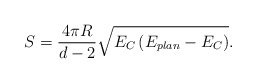
\begin{align*}S=\frac{4\pi R}{d-2}\sqrt{E_{C}\left( E_{plan}-E_{C}\right) }.\end{align*}